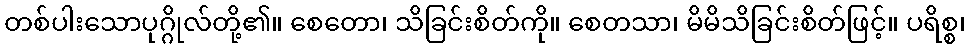
တစ်ပါးသောပုဂ္ဂိုလ်တို့၏။ စေတော၊ သိခြင်းစိတ်ကို။ စေတသာ၊ မိမိသိခြင်းစိတ်ဖြင့်။ ပရိစ္စ၊